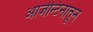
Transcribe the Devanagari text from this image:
आर्जेन्टिनातून